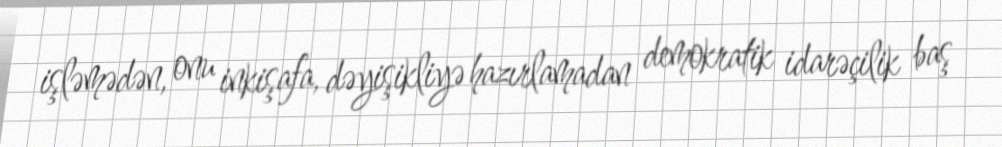
işləmədən, onu inkişafa, dəyişikliyə hazırlamadan demokratik idarəçilik baş